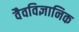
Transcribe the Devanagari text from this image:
वैवविज्ञानिक